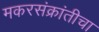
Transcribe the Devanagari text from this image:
मकरसंक्रांतीचा